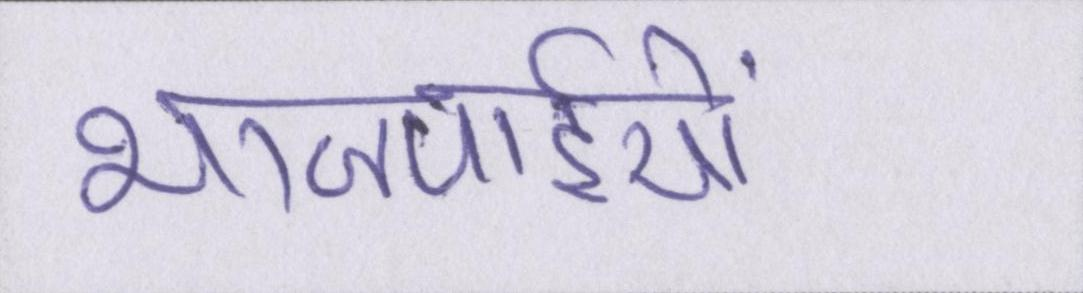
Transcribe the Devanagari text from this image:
भाजपाईयों